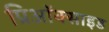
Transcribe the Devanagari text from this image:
प्रिऑक्साइड